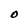
Character: O